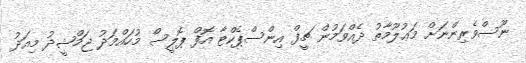
ނޫސްވެރިންނަށް މަޢުލޫމާތު ދެއްވަމުން ޗީފް އިންސްޕެކްޓާ އޮފް ޕޮލީސް މުހައްމަދު ޖަމްޝީދު މިއަދު